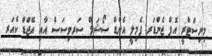
މިނިސްޓްރީ އޮފް ޖެންޑަރ ފެމިލީ އެންޑް ސޯޝަލް ސަރވިސަސް އާއި އޭޖްޑް ކެއަރ